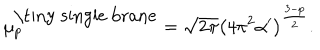
\mu _ { p } ^ { \mathrm { \tiny ~ s i n g l e ~ b r a n e } } = \sqrt { 2 \pi } \left( 4 \pi ^ { 2 } \alpha ^ { \prime } \right) ^ { \frac { 3 - p } { 2 } } .